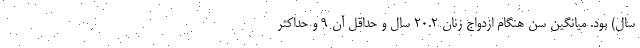
سال) بود. میانگین سن هنگام ازدواج زنان ۲۰.۲ سال و حداقل آن ۹ و حداکثر